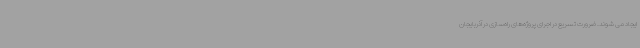
ایجاد می شوند. ضرورت تسریع در اجرای پروژه‌های راه‌سازی در آذربایجان